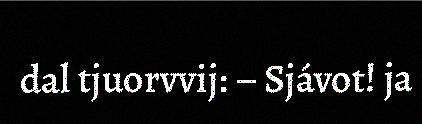
dal tjuorvvij: – Sjávot! ja